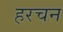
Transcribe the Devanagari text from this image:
हरचन